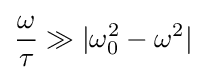
{\frac {\omega }{\tau }}\gg |\omega _{0}^{2}-\omega ^{2}|